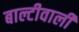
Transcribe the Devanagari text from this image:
बाल्टीवाली